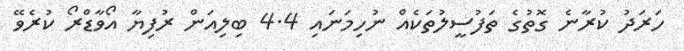
ހަރަދު ކުރާނެ ގޮތުގެ ތަފުސީލުތަކެއް ނުހިމަނައި 4.4 ބިލިއަން ރުފިޔާ އޯވާޑްރޯ ކުރެވޭ